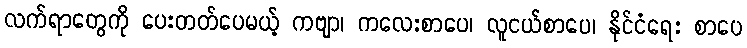
လက်ရာတွေကို ပေးတတ်ပေမယ့် ကဗျာ၊ ကလေးစာပေ၊ လူငယ်စာပေ၊ နိုင်ငံရေး စာပေ